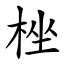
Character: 㭫